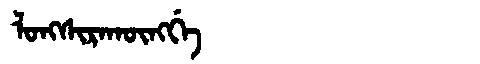
Manchu: ᠯᠣᠩᠰᡳᡵᠠᡴᡡᠩᡤᡝ
Romanization: LONGSIRAKŪNGGE